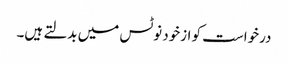
درخواست کو ازخود نوٹس میں بدلتے ہیں۔